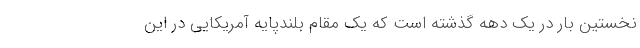
نخستین بار در یک دهه گذشته است که یک مقام بلند‌‌پایه آمریکایی در این